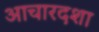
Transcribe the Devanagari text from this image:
आचारदशा